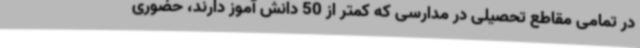
در تمامی مقاطع تحصیلی در مدارسی که کمتر از 50 دانش آموز دارند، حضوری